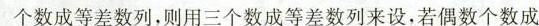
个数成等差数列，则用三个数成等差数列来设，若偶数个数成